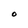
Character: O